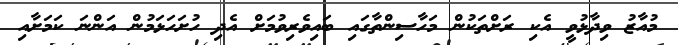
މުއާޒު ވިދާޅުވީ އެކި ރަށްތަކުން މަހާސިންތާގައި ބައިވެރިވުމަށް އެދި ހުށަހަޅަމުން އަންނަ ކަމަށާއި